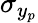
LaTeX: \sigma_{y_{p}}